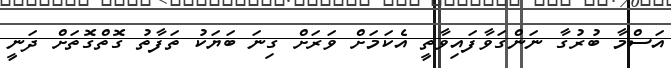
އަސްމާ ބުރުގާ ނަންގަވާފައިވާތީ އެކަމަށް ވަރަށް ގިނަ ބަޔަކު ތަފާތު ގޮތްގޮތަށް ދަނީ